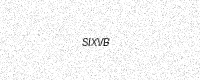
Text: SIXVB